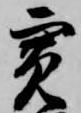
寛